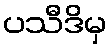
ပသီဒိမှ